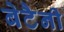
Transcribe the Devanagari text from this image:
बेटैनी